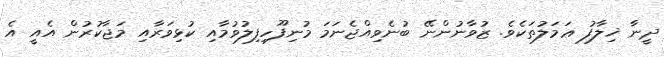
ދީނާ ޚިލާފު ޢަމަލުތަކެވެ. ޒުވާނުންނޭ ބުނެވިއްޖެނަމަ މުނިފޫހިފިލުވުމާއި ކުޅިވަރާއި މަޖާކުރުން އެއީ އެ